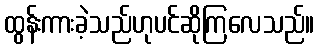
ထွန်းကားခဲ့သည်ဟုပင်ဆိုကြလေသည်။